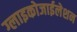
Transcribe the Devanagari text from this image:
ग्लाइकोजाईलेशन